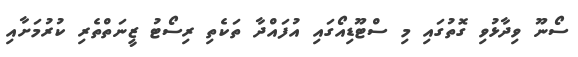
ސޯނޫ ވިދާޅުވި ގޮތުގައި މި ސްޓޫޑިއޯގައި އުފައްދާ ތަކެތި ރިސޯޓު ޒީނަތްތެރި ކުރުމަށާއި